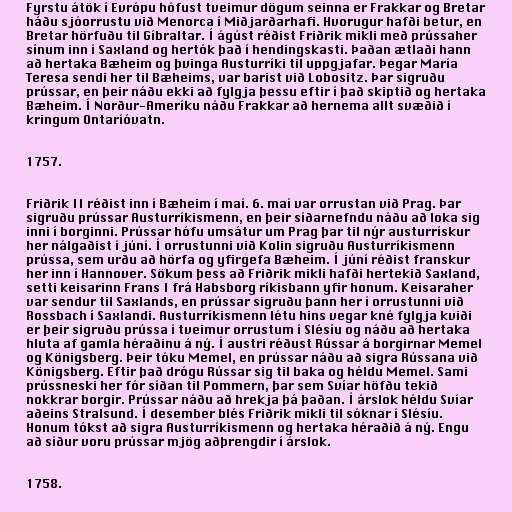
Fyrstu átök í Evrópu hófust tveimur dögum seinna er Frakkar og Bretar
háðu sjóorrustu við Menorca í Miðjarðarhafi. Hvorugur hafði betur, en
Bretar hörfuðu til Gíbraltar. Í ágúst réðist Friðrik mikli með prússaher
sínum inn í Saxland og hertók það í hendingskasti. Þaðan ætlaði hann
að hertaka Bæheim og þvinga Austurríki til uppgjafar. Þegar María
Teresa sendi her til Bæheims, var barist við Lobositz. Þar sigruðu
prússar, en þeir náðu ekki að fylgja þessu eftir í það skiptið og hertaka
Bæheim. Í Norður-Ameríku náðu Frakkar að hernema allt svæðið í
kringum Ontaríóvatn.

1757.

Friðrik II réðist inn í Bæheim í maí. 6. maí var orrustan við Prag. Þar
sigruðu prússar Austurríkismenn, en þeir síðarnefndu náðu að loka sig
inni í borginni. Prússar hófu umsátur um Prag þar til nýr austurrískur
her nálgaðist í júní. Í orrustunni við Kolin sigruðu Austurríkismenn
prússa, sem urðu að hörfa og yfirgefa Bæheim. Í júní réðist franskur
her inn í Hannover. Sökum þess að Friðrik mikli hafði hertekið Saxland,
setti keisarinn Frans I frá Habsborg ríkisbann yfir honum. Keisaraher
var sendur til Saxlands, en prússar sigruðu þann her í orrustunni við
Rossbach í Saxlandi. Austurríkismenn létu hins vegar kné fylgja kviði
er þeir sigruðu prússa í tveimur orrustum í Slésíu og náðu að hertaka
hluta af gamla héraðinu á ný. Í austri réðust Rússar á borgirnar Memel
og Königsberg. Þeir tóku Memel, en prússar náðu að sigra Rússana við
Königsberg. Eftir það drógu Rússar sig til baka og héldu Memel. Sami
prússneski her fór síðan til Pommern, þar sem Svíar höfðu tekið
nokkrar borgir. Prússar náðu að hrekja þá þaðan. Í árslok héldu Svíar
aðeins Stralsund. Í desember blés Friðrik mikli til sóknar í Slésíu.
Honum tókst að sigra Austurríkismenn og hertaka héraðið á ný. Engu
að síður voru prússar mjög aðþrengdir í árslok.

1758.